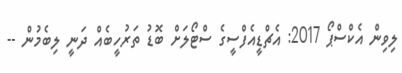
ލިވިން އެކްސްޕޯ 2017: އެޗްޑީއެފްސީގެ ސްޓޯލަށް ބޮޑު ތަރުހީބެއް ދަނީ ލިބެމުން --